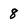
Character: 8